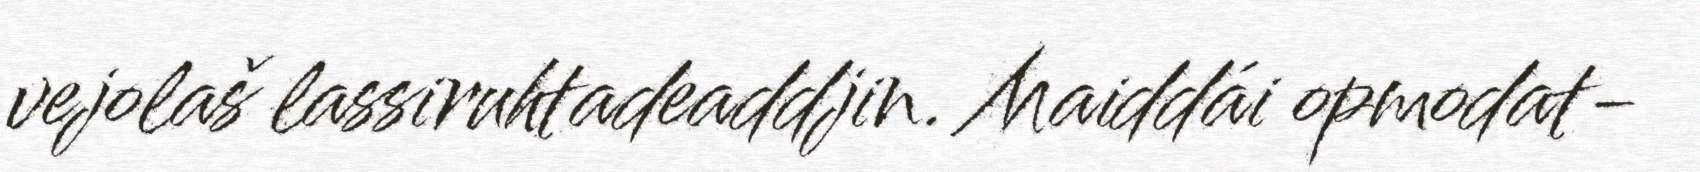
vejolaš lassiruhtadeaddjin. Maiddái opmodat-